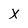
Character: x